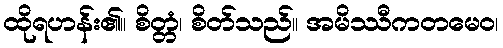
ထိုရဟန်း၏။ စိတ္တံ၊ စိတ်သည်။ အမိဿီကတမေဝ၊